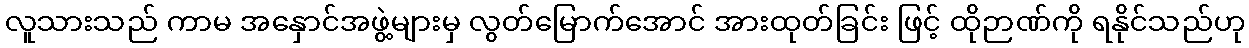
လူသားသည် ကာမ အနှောင်အဖွဲ့များမှ လွတ်မြောက်အောင် အားထုတ်ခြင်း ဖြင့် ထိုဉာဏ်ကို ရနိုင်သည်ဟု